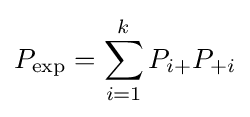
P_{\exp }=\sum _{i=1}^{k}P_{i+}P_{+i}